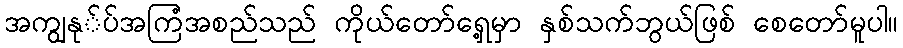
အကျွနု်ပ်အကြံအစည်သည် ကိုယ်တော်ရှေ့မှာ နှစ်သက်ဘွယ်ဖြစ် စေတော်မူပါ။